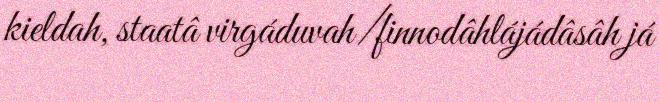
kieldah, staatâ virgáduvah/finnodâhlájádâsâh já